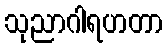
သုညာဂါရဟတာ